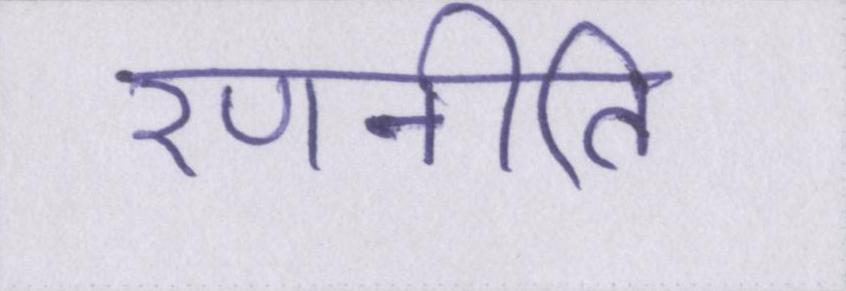
रणनीति